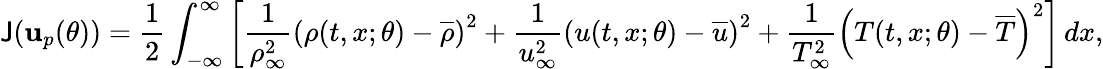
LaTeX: \mathsf{J}(\mathbf{{u}}_{p}(\theta))=\frac{{1}}{{2}}\int_{-\infty}^{\infty}\left[\frac{{1}}{{\rho_{\infty}^{2}}}\left(\rho(t,x;\theta)-\overline{{{\rho}}}\right)^{2}+\frac{{1}}{{u_{\infty}^{2}}}\left(u(t,x;\theta)-\overline{{{u}}}\right)^{2}+\frac{{1}}{{T_{\infty}^{2}}}\left(T(t,x;\theta)-\overline{{{T}}}\right)^{2}\right]\, dx,